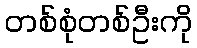
တစ်စုံတစ်ဦးကို